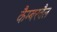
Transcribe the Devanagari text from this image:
कैम्बरवैल